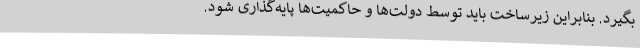
بگیرد. بنابراین زیرساخت باید توسط دولت‌ها و حاکمیت‌ها پایه‌گذاری شود.